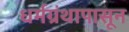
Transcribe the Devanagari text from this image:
धर्मग्रंथापासून